Reports on dispensaries and lunatic asylums in the Province of Oudh - 1869-1876
Year: 1869
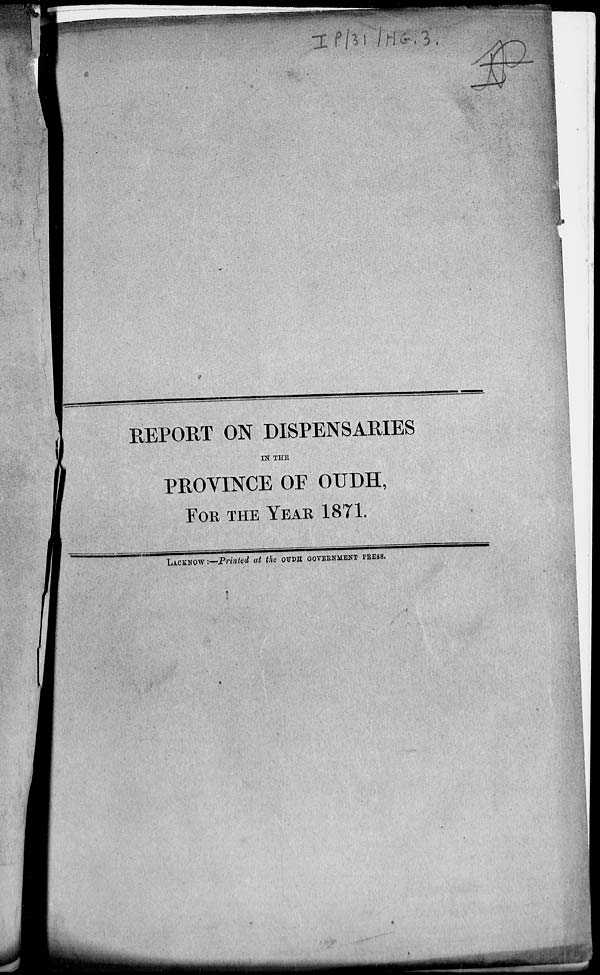
REPORT ON DISPENSARIES
IN THE
PROVINCE OF OUDH,
FOR THE YEAR 1871.
LACKNOW :-Printed at the OUDH GOVERNMENT PRESS.